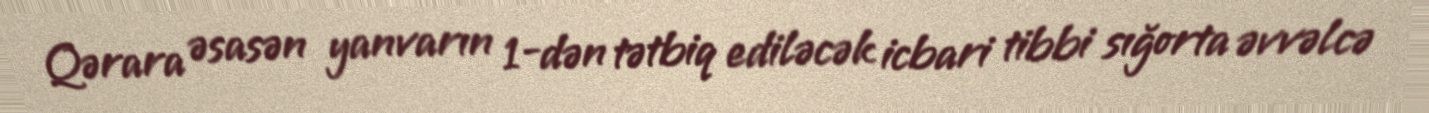
Qərara əsasən yanvarın 1-dən tətbiq ediləcək icbari tibbi sığorta əvvəlcə